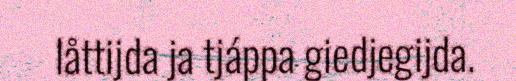
låttijda ja tjáppa giedjegijda.